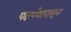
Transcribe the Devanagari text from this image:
पदार्पणापासून